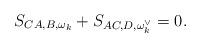
LaTeX: \begin{align*} S_{CA,B,\omega_k}+S_{AC,D,\omega_k^{\vee}}=0.\end{align*}